Indian Civil Veterinary Department memoirs
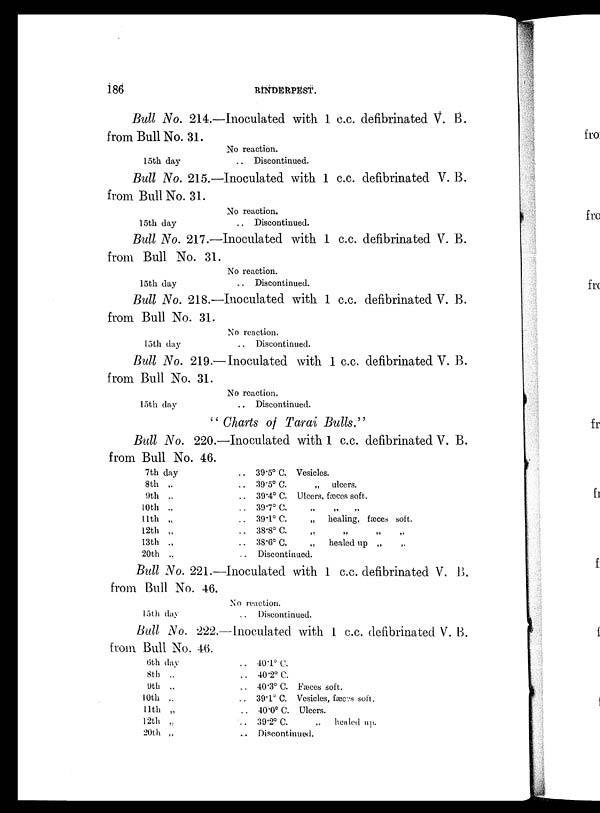
186
RINDERPEST.
Bull No. 214.—Inoculated with 1 c.c. defibrinated V. B.
from Bull No. 31.
15th day
No reaction.
.. Discontinued.
Bull No. 215.—Inoculated with 1 c.c. defibrinated V. B.
from Bull No. 31.
15th day
No reaction.
.. Discontinued.
Bull No. 217.—Inoculated with 1 c.c. defibrinated V. B.
from Bull No. 31.
15th day
No reaction.
.. Discontinued.
Bull No. 218.—Inoculated with 1 c.c. defibrinated V. B.
from Bull No. 31.
15th day
No reaction.
.. Discontinued.
Bull No. 219.— Inoculated with 1 c.c. defibrinated V. B.
from Bull No. 31.
15th day
No reaction.
.. Discontinued.
"Charts of Tarai Bulls."
Bull No. 220.—Inoculated with 1 c.c. defibrinated V. B.
from Bull No. 46.
7th day
8th „
9th „
10th „
11th „
12th „
13th „
20th „
.. 39.5º C. Vesicles.
39.5º C.
„ ulcers.
.. 39.4º C. Ulcers, fæces soft.
.. 39.7º C.
„
„
„
.. 39.1º C.
„
healing, fæces soft.
.. 38.8º C. „ „ „ „
.. 38.6º C.
„
healed up „ „
.. Discontinued.
Bull No. 221.—Inoculated with 1 c.c. defibrinated V. B.
from Bull No. 46.
15th day
No reaction.
.. Discontinued.
Bull No. 222.—Inoculated with 1 c.c. defibrinated V. B.
from Bull No. 46.
6th day
8th „
9th „
10th „
11th „
12th „
20th „
.. 40.1º C.
.. 40.2º C.
.. 40.3º C. Fæces soft.
.. 39.1º C. Vesicles, fæces soft.
.. 40.0º C. Ulcers.
.. 39.2º C.
„
healed up.
... Discontinued.